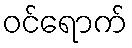
ဝင်ရောက်